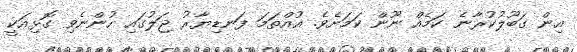
އިން ގަބޫލުކުރާނެ ކަމެއް ނޫން ކަމަށެވެ. އުއްތަމަ ފަނޑިޔާރު ޖަލުގައި ހުންނެވި ގޮޅިއަކީ